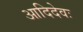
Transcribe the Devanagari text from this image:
आदिदेवः